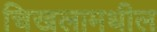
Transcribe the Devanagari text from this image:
चिखलामधील